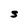
Character: s